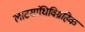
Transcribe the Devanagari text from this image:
लाटसांधिविग्रहिक